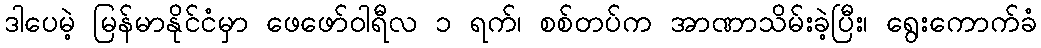
ဒါပေမဲ့ မြန်မာနိုင်ငံမှာ ဖေဖော်ဝါရီလ ၁ ရက်၊ စစ်တပ်က အာဏာသိမ်းခဲ့ပြီး၊ ရွေးကောက်ခံ